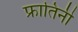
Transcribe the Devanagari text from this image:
फ्रातिनी